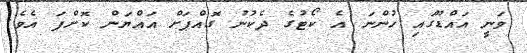
ވަނީ އައްޑޫގައި ހުންނަ އެ ކޯޓުގެ ދެކުނު ގޮއްޕަށް އައްޔަން ކޮށްފަ އެވެ.